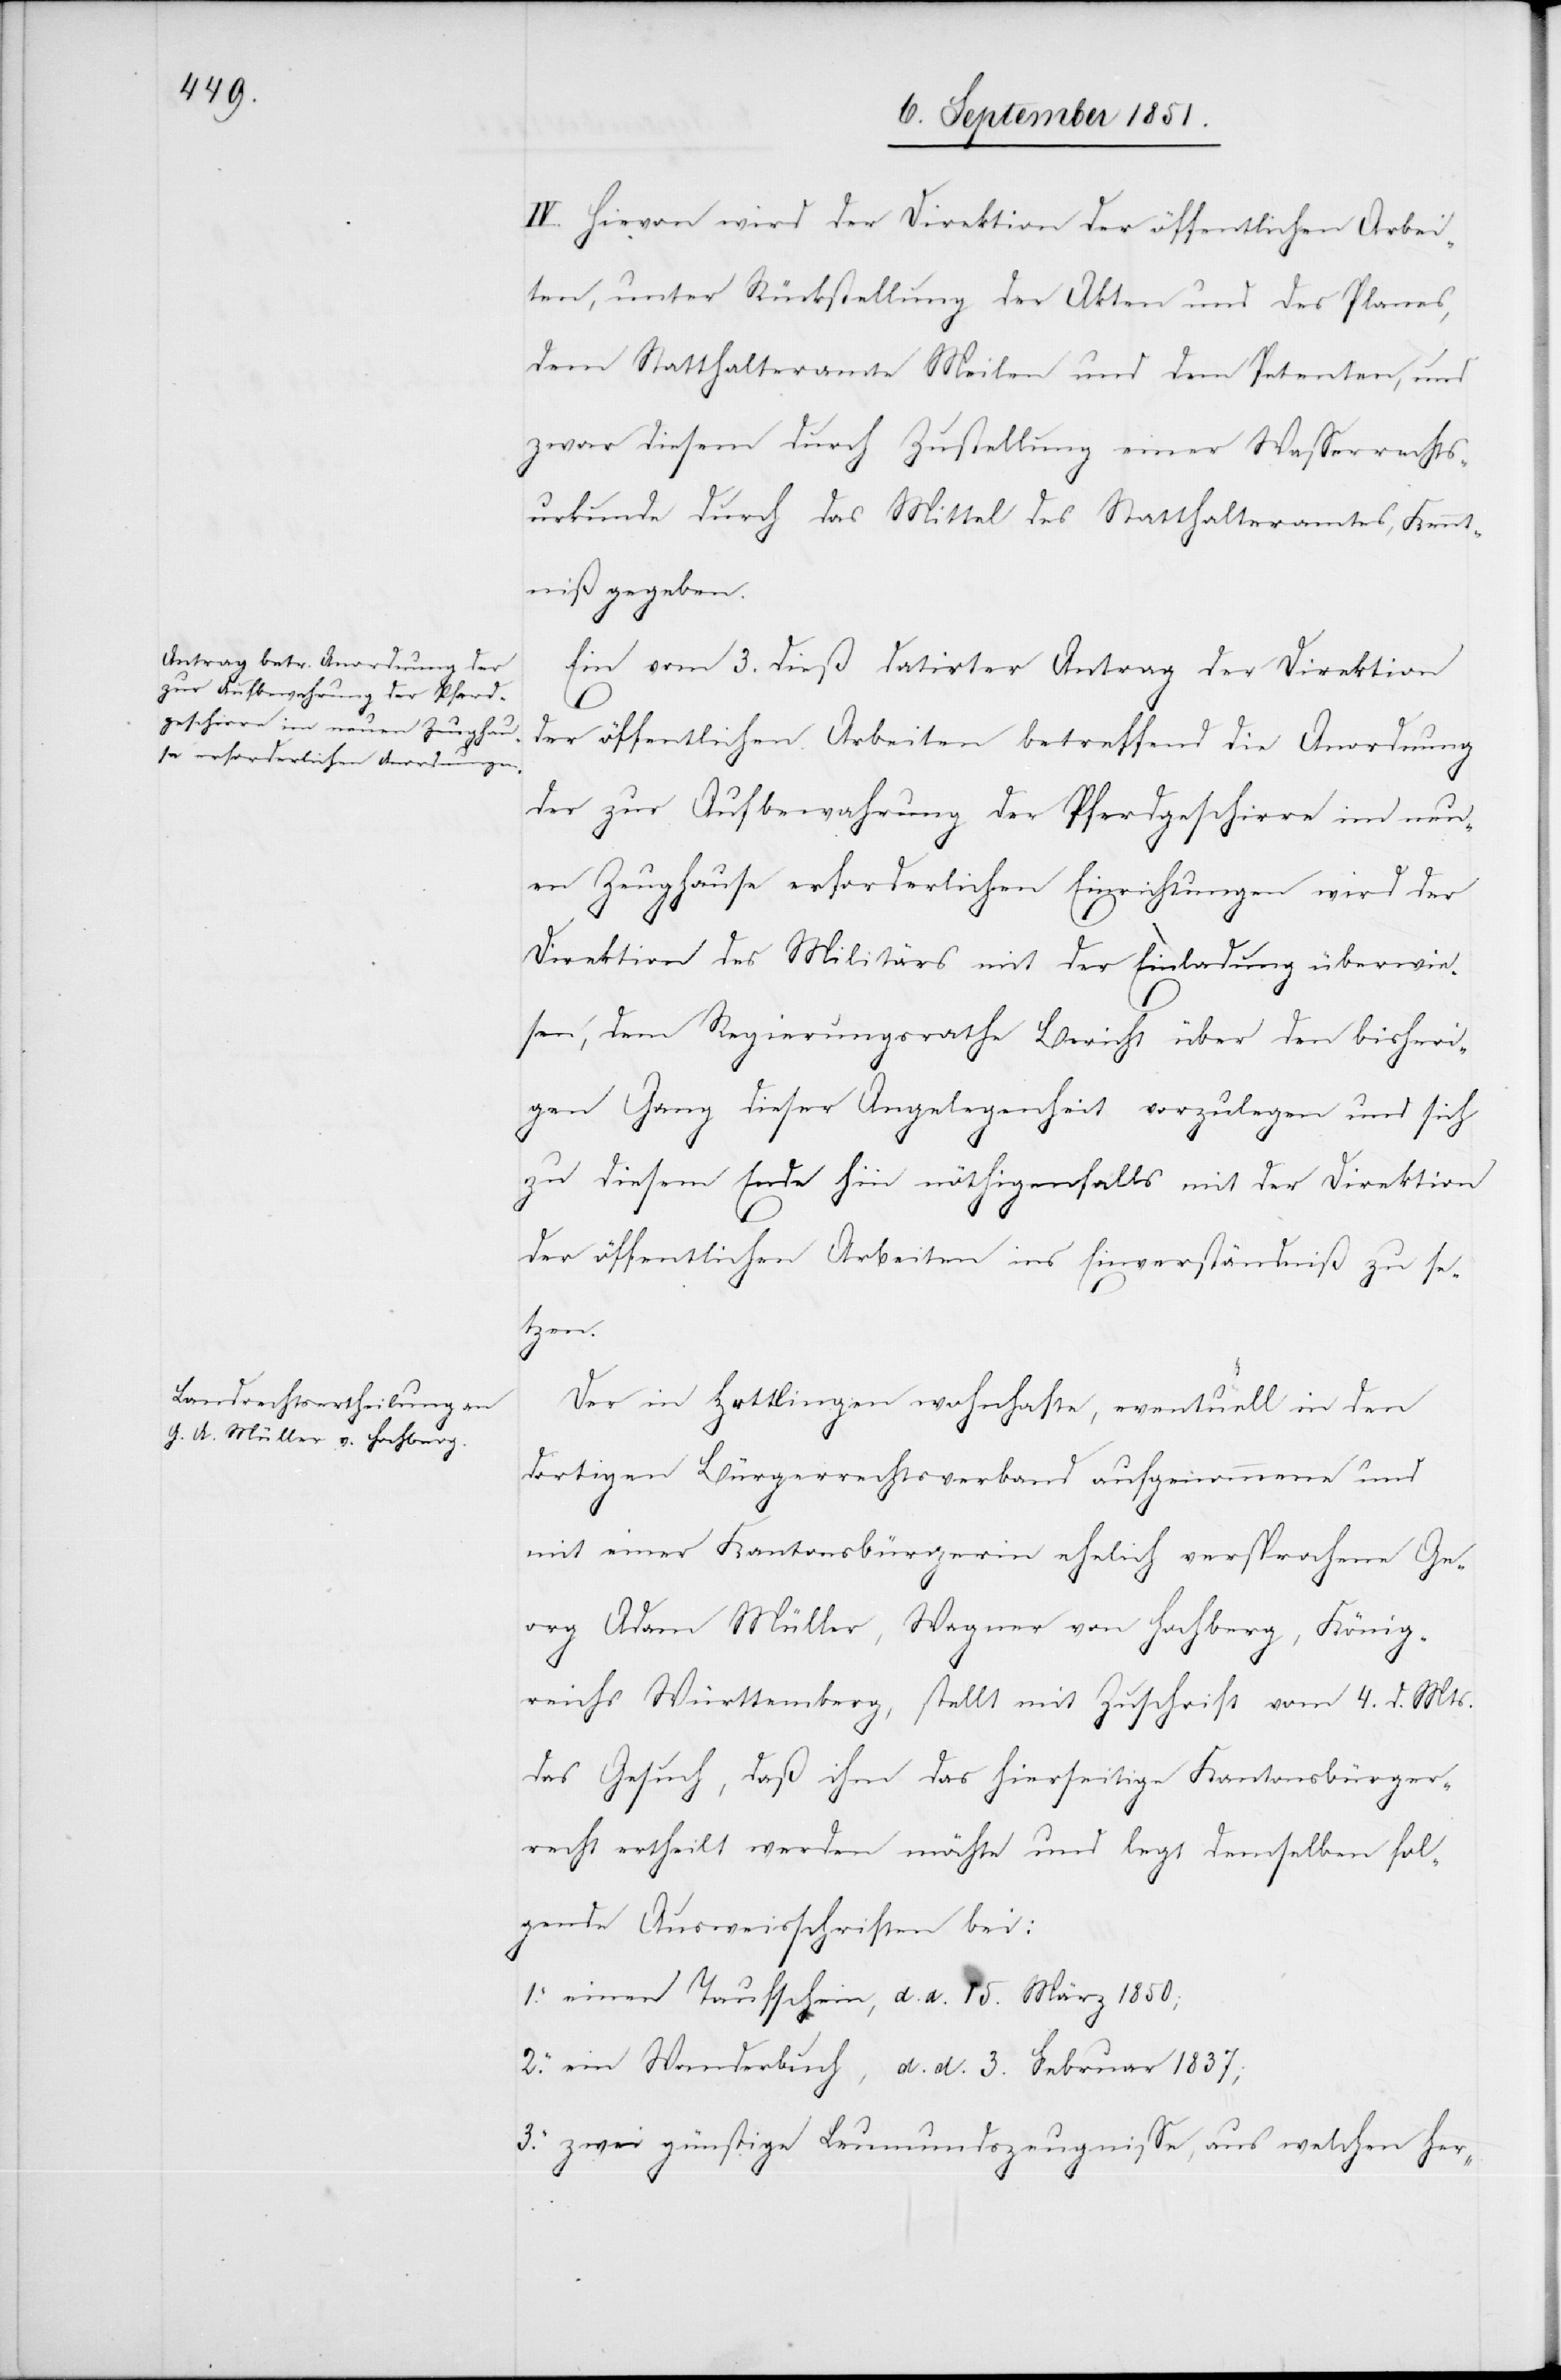
IV. Hievon wird der Direktion der öffentlichen Arbei¬
ten, unter Rückstellung der Akten und des Planes,
dem Statthalteramte Meilen und dem Petenten, und
zwar diesem durch Zustellung einer Wasserrechts¬
urkunde durch das Mittel des Statthalteramtes, Kennt¬
niß gegeben.
Ein vom 3. dieß datirter Antrag der Direktion
1.
der öffentlichen Arbeiten betreffend die Anordnung
der zur Aufbewahrung der Pferdgeschirre im neu¬
en Zeughause erforderlichen Einrichtungen wird der
Direktion des Militärs mit der Einladung überwie¬
sen, dem Regierungsrathe Bericht über den bisheri¬
gen Gang dieser Angelegenheit vorzulegen und sich
zu diesem Ende hin nöthigenfalls mit der Direktion
der öffentlichen Arbeiten ins Einverständniß zu se¬
tzen.
Der in Hettlingen wohnhafte, eventuell in den
dortigen Bürgerrechtsverband aufgenommene und
mit einer Kantonsbürgerin ehelich versprochene Ge¬
org Adam Müller, Wagner von Hochberg, König¬
reichs Württemberg, stellt mit Zuschrift vom 4. d. Mts.
das Gesuch, daß ihm das hierseitige Kantonsbürger¬
recht ertheilt werden möchte und legt demselben fol¬
gende Ausweisschriften bei:
einen Taufschein, d. d. 15. März 1850;
ein Wanderbuch, d. d. 3. Februar 1837;
zwei günstige Leumundszeugnisse, aus welchen her-